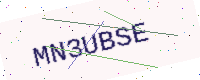
Text: MN3UBSE